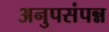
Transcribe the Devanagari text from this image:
अनुपसंपन्न